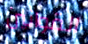
القوانين